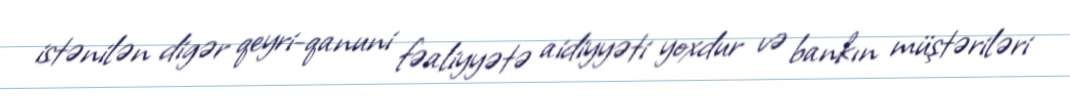
istənilən digər qeyri-qanuni fəaliyyətə aidiyyəti yoxdur və bankın müştəriləri